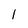
Character: 1